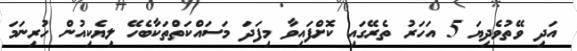
އަދި ވޭތުވެދިޔަ 5 އަހަރު ތެރޭގައި ކޮށްފައިވާ މިފަދަ މަސައްކަތްތަކާބެހޭ ލިޔެކިއުން ހުރިނަމަ